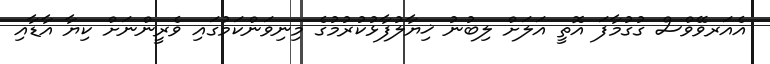
އެއަރވޭވްސް ގުގުމާފަ އޮތީ އަލަށް ލިބުނު ޚިޔާލުފާޅުކުރުމުގެ މިނިވަންކަމުގައި ވެރީންނަށް ކިޔާ އާޑާއި